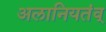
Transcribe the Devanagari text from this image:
अलानियतंव्